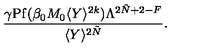
\frac { \gamma \mathrm { P f } ( \beta _ { 0 } M _ { 0 } \langle Y \rangle ^ { 2 k } ) \Lambda ^ { 2 \tilde { N } + 2 - F } } { \langle Y \rangle ^ { 2 \tilde { N } } } .